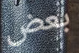
بعض